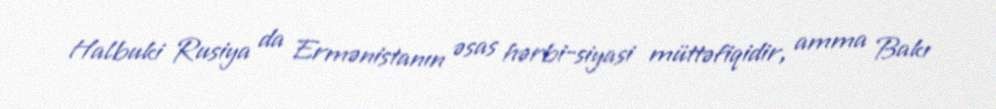
Halbuki Rusiya da Ermənistanın əsas hərbi-siyasi müttəfiqidir, amma Bakı